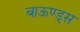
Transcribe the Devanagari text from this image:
बाऊण्ड्स